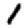
Digit: 1